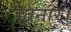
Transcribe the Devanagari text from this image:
रतनार।